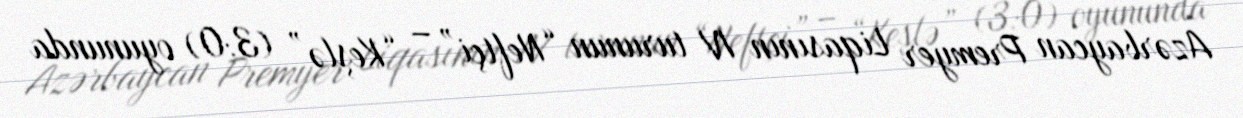
Azərbaycan Premyer Liqasının IV turunun “Neftçi” – “Keşlə” (3:0) oyununda